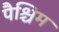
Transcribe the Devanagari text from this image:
पैश्चिम